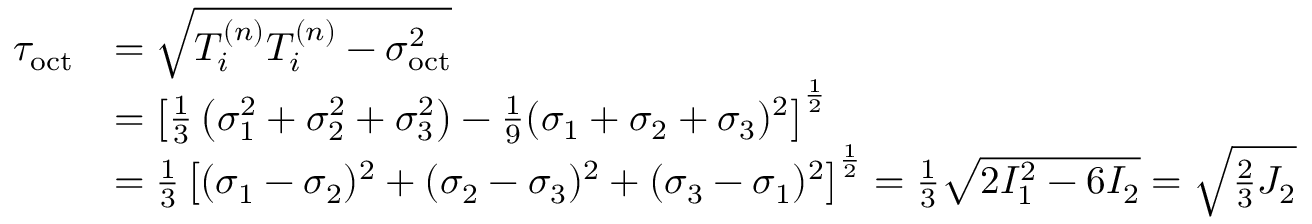
{ \begin{array} { r l } { \tau _ { \mathrm { o c t } } } & { = { \sqrt { T _ { i } ^ { ( n ) } T _ { i } ^ { ( n ) } - \sigma _ { \mathrm { o c t } } ^ { 2 } } } } \\ & { = \left[ { \frac { 1 } { 3 } } \left( \sigma _ { 1 } ^ { 2 } + \sigma _ { 2 } ^ { 2 } + \sigma _ { 3 } ^ { 2 } \right) - { \frac { 1 } { 9 } } ( \sigma _ { 1 } + \sigma _ { 2 } + \sigma _ { 3 } ) ^ { 2 } \right] ^ { \frac { 1 } { 2 } } } \\ & { = { \frac { 1 } { 3 } } \left[ ( \sigma _ { 1 } - \sigma _ { 2 } ) ^ { 2 } + ( \sigma _ { 2 } - \sigma _ { 3 } ) ^ { 2 } + ( \sigma _ { 3 } - \sigma _ { 1 } ) ^ { 2 } \right] ^ { \frac { 1 } { 2 } } = { \frac { 1 } { 3 } } { \sqrt { 2 I _ { 1 } ^ { 2 } - 6 I _ { 2 } } } = { \sqrt { { \frac { 2 } { 3 } } J _ { 2 } } } } \end{array} }